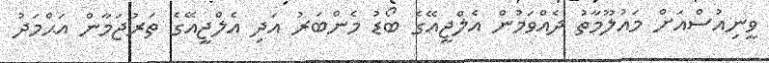
ވީނިއުސްއަށް މައުލޫމާތު ދެއްވަމުން އެލްޖީއޭގެ ބޯޑު މެންބަރު އަދި އެލްޖީއޭގެ ތަރުޖަމާން އަޙްމަދު